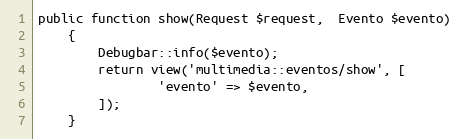
Language: PHP
public function show(Request $request,  Evento $evento)
	{
		Debugbar::info($evento);
		return view('multimedia::eventos/show', [
				'evento' => $evento,
		]);
	}